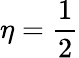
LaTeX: \eta=\frac 12